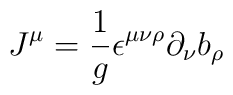
J^\mu=\frac{1}{g}\epsilon^{\mu\nu\rho}\partial_\nu b_\rho